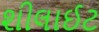
શીલાઈટ